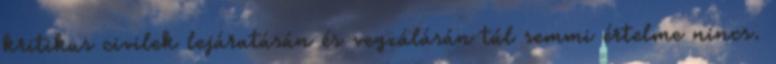
kritikus civilek lejáratásán és vegzálásán túl semmi értelme nincs.